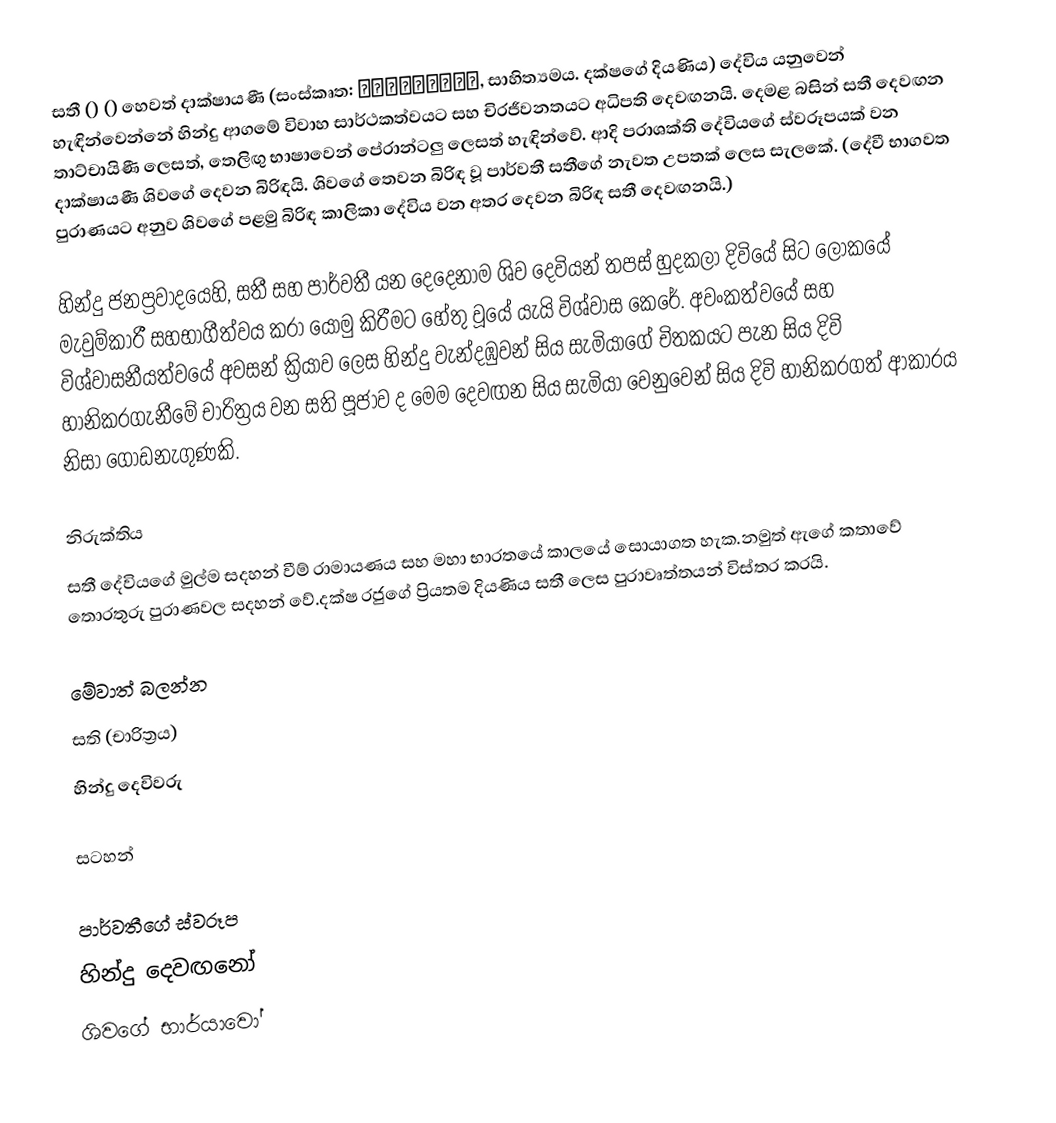
සතී () () හෙවත් දාක්ෂායණී (සංස්කෘත: दाक्षायणी, සාහිත්‍යමය. දක්ෂගේ දියණිය) දේවිය යනුවෙන් හැඳින්වෙන්නේ හින්දු ආගමේ විවාහ සාර්ථකත්වයට සහ චිරජීවනතයට අධිපති දෙවඟනයි. දෙමළ බසින් සතී දෙවඟන  තාට්චායිණී ලෙසත්, තෙලිඟු භාෂාවෙන් පේරාන්ටලු ලෙසත් හැඳින්වේ. ආදි පරාශක්ති දේවියගේ ස්වරූපයක් වන දාක්ෂායණී ශිවගේ දෙවන බිරිඳයි. ශිවගේ තෙවන බිරිඳ වූ පාර්වතී සතීගේ නැවත උපතක් ලෙස සැලකේ. (දේවී භාගවත පුරාණයට අනුව ශිවගේ පළමු බිරිඳ කාලිකා දේවිය වන අතර දෙවන බිරිඳ සතී දෙවඟනයි.)

හින්දු ජනප්‍රවාදයෙහි, සතී සහ පාර්වතී යන දෙදෙනාම ශිව දෙවියන් තපස් හුදකලා දිවියේ සිට ලෝකයේ මැවුම්කාරී සහභාගීත්වය කරා යොමු කිරීමට හේතු වූයේ යැයි විශ්වාස කෙරේ. අවංකත්වයේ සහ විශ්වාසනීයත්වයේ අවසන් ක්‍රියාව ලෙස හින්දු වැන්දඹුවන් සිය සැමියාගේ චිතකයට පැන සිය දිවි හානිකරගැනීමේ චාරිත්‍රය වන සති පූජාව ද මෙම දෙවඟන සිය සැමියා වෙනුවෙන් සිය දිවි හානිකරගත් ආකාරය නිසා ගොඩනැගුණකි.

නිරුක්තිය
සතී දේවියගේ මුල්ම සදහන් වීම් රාමායණය සහ මහා භාරතයේ කාලයේ සොයාගත හැක.නමුත් ඇගේ කතාවේ තොරතුරු පුරාණවල සදහන් වේ.දක්ෂ රජුගේ ප්‍රියතම දියණිය සතී ලෙස පුරාවෘත්තයන් විස්තර කරයි.

මේවාත් බලන්න
 සති (චාරිත්‍රය)
 හින්දු දෙවිවරු

සටහන්

පාර්වතීගේ ස්වරූප
හින්දු දෙවඟනෝ
ශිවගේ භාර්යාවෝ